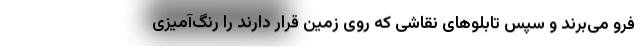
فرو می‌برند و سپس تابلوهای نقاشی که روی زمین قرار دارند را رنگ‌آمیزی